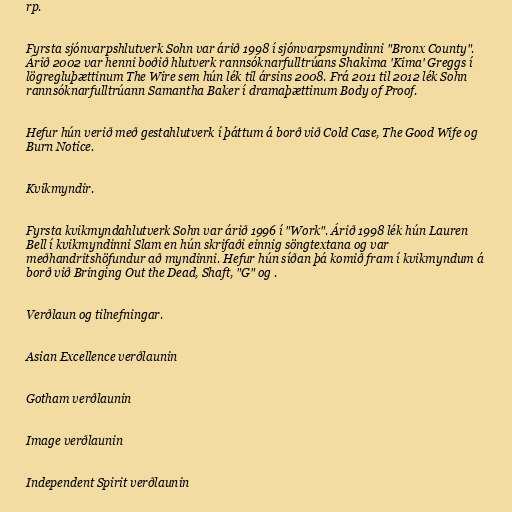
rp.

Fyrsta sjónvarpshlutverk Sohn var árið 1998 í sjónvarpsmyndinni "Bronx County".
Árið 2002 var henni boðið hlutverk rannsóknarfulltrúans Shakima 'Kima' Greggs í
lögregluþættinum The Wire sem hún lék til ársins 2008. Frá 2011 til 2012 lék Sohn
rannsóknarfulltrúann Samantha Baker í dramaþættinum Body of Proof.

Hefur hún verið með gestahlutverk í þáttum á borð við Cold Case, The Good Wife og
Burn Notice.

Kvikmyndir.

Fyrsta kvikmyndahlutverk Sohn var árið 1996 í "Work". Árið 1998 lék hún Lauren
Bell í kvikmyndinni Slam en hún skrifaði einnig söngtextana og var
meðhandritshöfundur að myndinni. Hefur hún síðan þá komið fram í kvikmyndum á
borð við Bringing Out the Dead, Shaft, "G" og .

Verðlaun og tilnefningar.

Asian Excellence verðlaunin

Gotham verðlaunin

Image verðlaunin

Independent Spirit verðlaunin